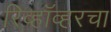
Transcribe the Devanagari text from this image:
रिव्हॉव्हरचा